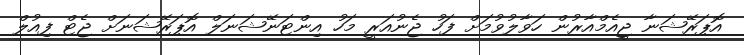
އޮޕަރޭޝަނާ ޖީއެމްއާރުން ހަވާލުވުމަށް ފަހު ޖެނުއަރީ މަހު އިންޓަނޭޝަނަލް އޮޕަރޭޝަނަށް ޖެޓް ފިއުލް